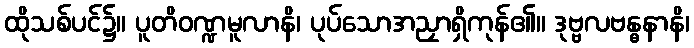
ထိုသစ်ပင်၌။ ပူတိဝဏ္ဍမူလာနိ၊ ပုပ်သောအညှာရှိကုန်၏။ ဒုဗ္ဗလဗန္ဓနာနိ၊